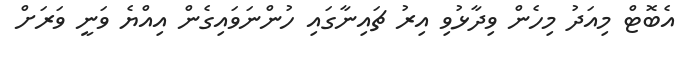
އެބޮޓް މިއަދު މިހެން ވިދާޅުވި އިރު ޗައިނާގައި ހުންނަވައިގެން އިއްޔެ ވަނީ ވަރަށް